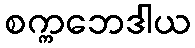
စက္ကဘေဒါယ